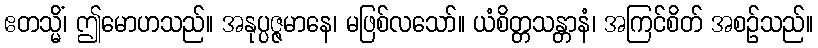
ဧတသ္မိံ၊ ဤမောဟသည်။ အနုပ္ပဇ္ဇမာနေ၊ မဖြစ်လသော်။ ယံစိတ္တသန္တာနံ၊ အကြင်စိတ် အစဉ်သည်။